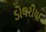
ડોલરીયા